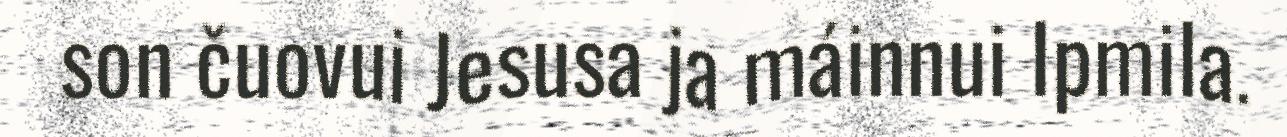
son čuovui Jesusa ja máinnui Ipmila.